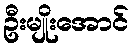
ဦးမျိုးအောင်